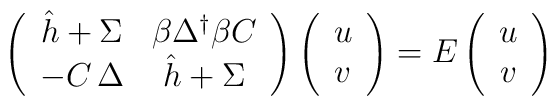
\left(\begin{array}{cc}\hat h+\Sigma & \beta \Delta ^{\dagger }\beta C \\-C\,\Delta & \hat h+\Sigma\end{array}\right) \left(\begin{array}{c}u \\v\end{array}\right) =E\left(\begin{array}{c}u \\v\end{array}\right)